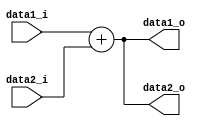
module Adder
(
	data1_i,
	data2_i,
	data1_o,
	data2_o
);

input	 [31:0] 	data1_i, data2_i;
output 	 [31:0] 	data1_o, data2_o;

assign data1_o = data1_i + data2_i;
assign data2_o = data1_i + data2_i;

endmodule